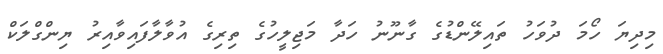
މިދިޔަ ހޯމަ ދުވަހު ތައިލޭންޑުގެ ގާނޫނު ހަދާ މަޖިލީހުގެ ތިރިގެ އުވާލާފައިވާއިރު ޔިންގްލަކް